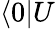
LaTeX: \langle 0|U